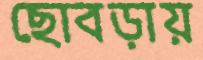
ছোবড়ায়